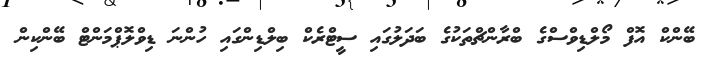
ބޭންކް އޮފް މޯލްޑިވްސްގެ ބްރާންޗްތަކުގެ ބަދަލުގައި ސީޓްރެކް ބިލްޑިންގައި ހުންނަ ޑިވްލޮޕްމަންޓް ބޭންކިން